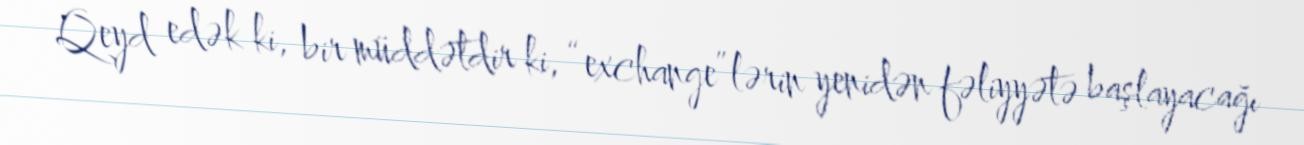
Qeyd edək ki, bir müddətdir ki, “exchange”lərin yenidən fəliyyətə başlayacağı